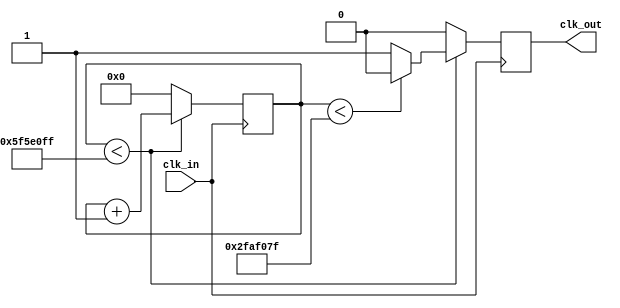
`timescale 1ns / 1ps
//////////////////////////////////////////////////////////////////////////////////
// Company: 
// Engineer: 
// 
// Design Name: 
// Module Name: int_div
// Project Name: 
// Target Devices: 
// Tool Versions: 
// Description: 
// 
// Dependencies: 
// 
// Revision:
// Revision 0.01 - File Created
// Additional Comments:
// 
//////////////////////////////////////////////////////////////////////////////////


module int_div(                   //
    input clk_in,
    output clk_out
    );
    parameter F_DIV = 100000000;  // 100M
    parameter F_DIV_WIDTH = 32;   //
    
    reg clk_p_r;
    reg clk_n_r;
    reg[F_DIV_WIDTH-1:0] count_p;
    reg[F_DIV_WIDTH-1:0] count_n;
    
    wire full_div_p; //
    wire half_div_p; //
    wire full_div_n; //
    wire half_div_n; //
    //
    assign full_div_p = (count_p < F_DIV-1);
    assign half_div_p = (count_p < (F_DIV>>1)-1);
    assign full_div_n = (count_n < F_DIV-1);
    assign half_div_n = (count_n < (F_DIV>>1)-1);
    //1
    assign clk_out = (F_DIV == 1)? clk_in:(F_DIV[0]?(clk_p_r & clk_n_r):clk_p_r);
    always@(posedge clk_in)     //
        begin
            if(full_div_p)
                begin
                    count_p <= count_p + 1'b1;
                    if(half_div_p)
                        clk_p_r <= 1'b0;  //50%
                    else
                        clk_p_r <= 1'b1;  //50%
                end
            else
                begin
                    count_p <= 0;
                    clk_p_r <= 1'b0;
                end
        end
    always@(posedge clk_in)
        begin
            if(full_div_n)
                begin
                    count_n <= count_n + 1'b1;
                    if(half_div_n)
                        clk_n_r <= 1'b0;
                    else
                        clk_n_r <= 1'b1;
                end
            else
                begin
                    count_n <= 0;
                    clk_n_r <= 1'b0;
                end
        end
endmodule